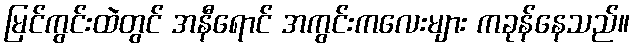
မြင်ကွင်းထဲတွင် အနီရောင် အကွင်းကလေးများ ကခုန်နေသည်။